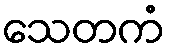
သေတကံ